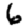
Digit: 6